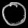
Digit: ၀